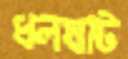
ধলঘাট